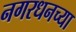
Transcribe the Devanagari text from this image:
नगरधनच्या